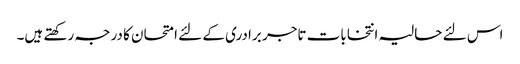
اس لئے حالیہ انتخابات تاجر برادری کے لئے امتحان کا درجہ رکھتے ہیں۔